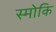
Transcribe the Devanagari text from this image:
स्मोकि